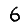
Digit: 6